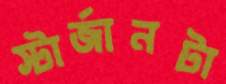
স্টার্জানটা